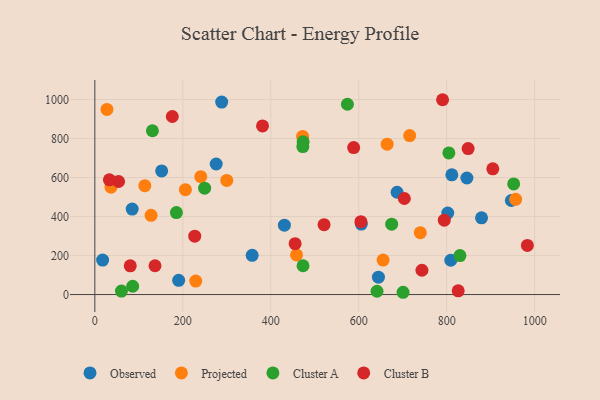
{"axis": {"x": "Distance", "y": "Fuel Efficiency"}, "legend": ["Cluster A", "Cluster B", "Observed", "Projected"], "data": [{"x": "275.9", "y": 669.4, "type": "Observed"}, {"x": "802.3", "y": 418.3, "type": "Observed"}, {"x": "811.6", "y": 613.9, "type": "Observed"}, {"x": "190.6", "y": 73.2, "type": "Observed"}, {"x": "605.8", "y": 361.2, "type": "Observed"}, {"x": "357.7", "y": 201.3, "type": "Observed"}, {"x": "809.2", "y": 175.9, "type": "Observed"}, {"x": "687.1", "y": 524.7, "type": "Observed"}, {"x": "151.9", "y": 633.8, "type": "Observed"}, {"x": "879.1", "y": 393.4, "type": "Observed"}, {"x": "430.9", "y": 355.5, "type": "Observed"}, {"x": "845.8", "y": 597.7, "type": "Observed"}, {"x": "84.9", "y": 438.5, "type": "Observed"}, {"x": "288.4", "y": 987.0, "type": "Observed"}, {"x": "17.7", "y": 176.6, "type": "Observed"}, {"x": "946.8", "y": 482.3, "type": "Observed"}, {"x": "644.7", "y": 88.9, "type": "Observed"}, {"x": "229.4", "y": 69.1, "type": "Projected"}, {"x": "739.9", "y": 317.2, "type": "Projected"}, {"x": "655.3", "y": 176.8, "type": "Projected"}, {"x": "472.3", "y": 810.9, "type": "Projected"}, {"x": "458.5", "y": 203.4, "type": "Projected"}, {"x": "113.6", "y": 558.4, "type": "Projected"}, {"x": "715.7", "y": 815.4, "type": "Projected"}, {"x": "299.9", "y": 585.4, "type": "Projected"}, {"x": "27.5", "y": 949.5, "type": "Projected"}, {"x": "664.5", "y": 770.9, "type": "Projected"}, {"x": "127.8", "y": 406.1, "type": "Projected"}, {"x": "36.7", "y": 550.7, "type": "Projected"}, {"x": "956.7", "y": 488.2, "type": "Projected"}, {"x": "205.9", "y": 537.7, "type": "Projected"}, {"x": "240.8", "y": 604.3, "type": "Projected"}, {"x": "804.8", "y": 726.2, "type": "Cluster A"}, {"x": "473.5", "y": 783.6, "type": "Cluster A"}, {"x": "830.0", "y": 200.0, "type": "Cluster A"}, {"x": "130.9", "y": 840.0, "type": "Cluster A"}, {"x": "641.5", "y": 16.9, "type": "Cluster A"}, {"x": "60.5", "y": 18.1, "type": "Cluster A"}, {"x": "249.6", "y": 545.6, "type": "Cluster A"}, {"x": "86.0", "y": 42.5, "type": "Cluster A"}, {"x": "952.2", "y": 567.3, "type": "Cluster A"}, {"x": "472.9", "y": 758.8, "type": "Cluster A"}, {"x": "473.3", "y": 147.8, "type": "Cluster A"}, {"x": "185.4", "y": 420.2, "type": "Cluster A"}, {"x": "574.2", "y": 975.8, "type": "Cluster A"}, {"x": "674.8", "y": 361.0, "type": "Cluster A"}, {"x": "700.7", "y": 11.7, "type": "Cluster A"}, {"x": "54.0", "y": 579.6, "type": "Cluster B"}, {"x": "588.4", "y": 753.6, "type": "Cluster B"}, {"x": "227.1", "y": 299.4, "type": "Cluster B"}, {"x": "33.1", "y": 588.4, "type": "Cluster B"}, {"x": "983.3", "y": 252.0, "type": "Cluster B"}, {"x": "604.9", "y": 373.6, "type": "Cluster B"}, {"x": "176.1", "y": 913.0, "type": "Cluster B"}, {"x": "381.2", "y": 864.9, "type": "Cluster B"}, {"x": "790.5", "y": 999.0, "type": "Cluster B"}, {"x": "826.0", "y": 19.3, "type": "Cluster B"}, {"x": "794.4", "y": 381.6, "type": "Cluster B"}, {"x": "80.5", "y": 147.2, "type": "Cluster B"}, {"x": "455.3", "y": 261.0, "type": "Cluster B"}, {"x": "848.6", "y": 748.6, "type": "Cluster B"}, {"x": "743.6", "y": 124.7, "type": "Cluster B"}, {"x": "521.1", "y": 358.4, "type": "Cluster B"}, {"x": "703.6", "y": 492.5, "type": "Cluster B"}, {"x": "136.8", "y": 147.7, "type": "Cluster B"}, {"x": "904.7", "y": 644.6, "type": "Cluster B"}]}